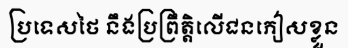
ប្រទេសថៃ នឹងប្រព្រឹត្តិលើជនភៀសខ្លួន